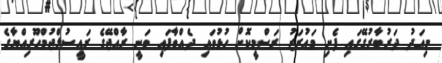
މިއަދު ދަރުބާރުގޭގައި ފެށި މައުރަޒު ރަސްމީކޮށް ހުޅުވައި ދެއްވާފައި ވަނީ ރާއްޖޭގެ ރައީސުލްޖުމްހޫރިއްޔާގެ